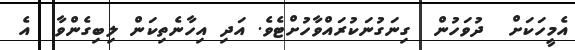
އެމީހަކަށް  ދުވަހުން  ގިނަގުނަކުރައްވާހުށްޓެވެ. އަދި އިހާނެތިކަން ލިބިގެންވާ  އެ